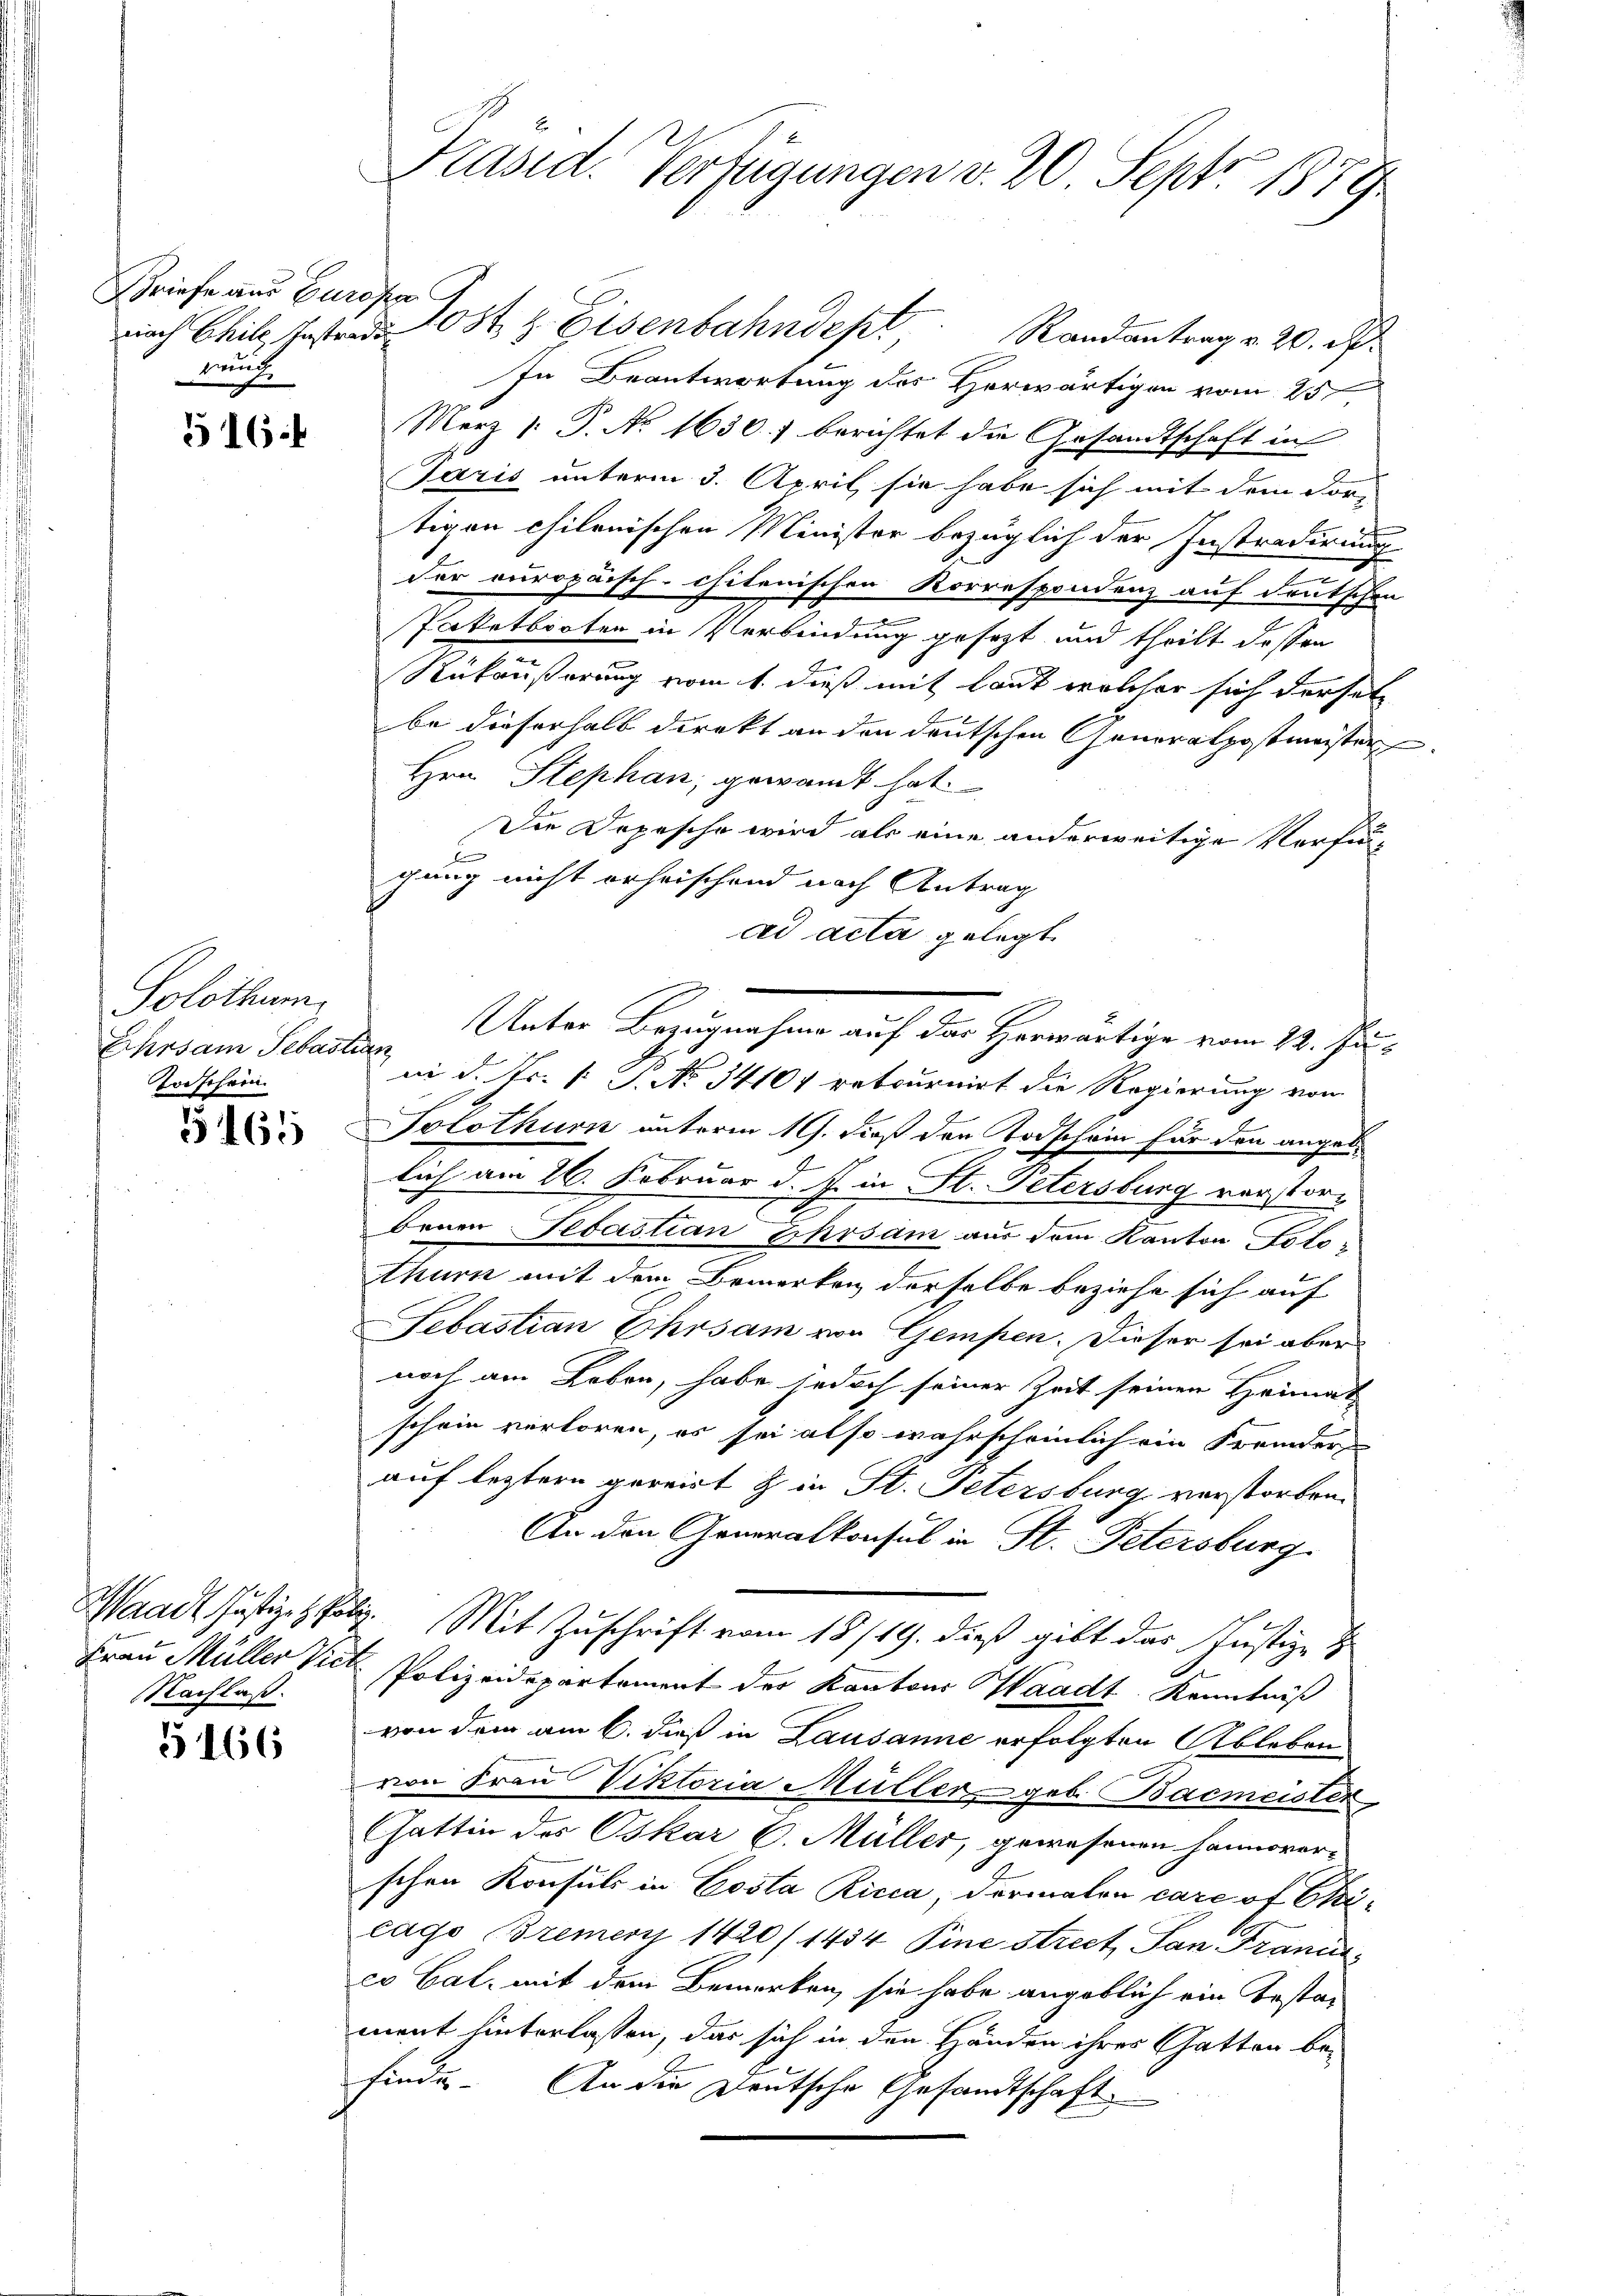
Briefe aus Europen
nach Schill, Instradi
wuh

516.

Solothur.
Ehrsam Sebastian
Torschein.

5165

Nachlaß.

5166

Präsid. Verfügungen v. 20. Sept. 1879.

Post & Eisenbahndept
Randantrag v. 20. Ap
In Beantwortung des Herwärtigen vom 25t
Merz 1. P. No 1630.) berichtet die Gesandtschaft in
Paris unterm 3. April sie habe sich mit dem dortigen chilenischen Minister bezüglich der Instradirung
der europäisch-chiterischen Korrespondenz auf deutschen
m
Paketbroten in Verbindung gesezt und theilt dessen
Rükäußerung vom 1. dieß mit Laut welcher sich derset
be dieserhalb direkt an den deutschen Generalpostmeister
Hrn. Stephan, gewandt hat.
Die Depesche wird als eine anderweitige Verfügang nicht erheischend nach Antrag
ad acta gelegt
Unter Bezugnahme auf das Herwärtige vom 22. Juai d. Js. 1 S. No. 34107 retournirt die Regierung von
Solothurn unterm 19. dieß den Todschein für den angelich am 26. Februar d. J. in St. Petersburg verstorbenen Sebastian Ehrsam aus dem Kanton Solothurn mit dem Bemerken derselbe beziehe sich auf
Sebastian Ehrsam von Gempen. Dieser sei aber
noch am Leben, habe jedoch seiner Zeit seinen Heimat
schein verloren, es sei also wahrscheinlich ein Fremder
auf letztern gereist & in St. Petersburg verstorben.
An den Generalkonsul in St. Petersburg
.
Waadt Justiz Mit Zuschrift vom 18./19. dieß gibt das Justiz- &
Frau Müller Vict. Polizeidepartement der Kantons Waadt, Kenntniß
von dem am 6. dieß in Lausanne erfolgten Ableben
von Frau Viktoria Müller geb. Bacmeister
Gattin des Oskar C. Müller, gewesenen Hannover-
schen Konsuls in Costa Ricca, dermalen care of Eicago Bremer 1420/1434 Pine Street San Francs
co Cal, mit dem Bemerken, sie habe angeblich ein bestament hinterlassen, das sich in den Händen ihres Gatten be-
finde. An die Deutsche Gesandtschaft